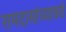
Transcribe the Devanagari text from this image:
रामदासांच्याकडे